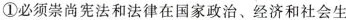
①必须崇尚宪法和法律在国家政治、经济和社会生